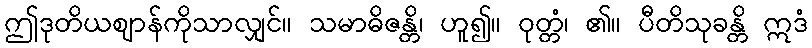
ဤဒုတိယဈာန်ကိုသာလျှင်။ သမာဓိဇန္တိ၊ ဟူ၍။ ဝုတ္တံ၊ ၏။ ပီတိသုခန္တိ ဣဒံ